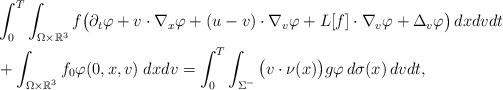
LaTeX: \begin{align*}&\int^{T}_0\int_{\Omega\times\mathbb{R}^3}f\big(\partial_t\varphi+v\cdot\nabla_x\varphi+(u-v)\cdot\nabla_v\varphi+L[f]\cdot\nabla_v\varphi+\Delta_v\varphi\big)\,dxdvdt\\&+\int_{\Omega\times\mathbb{R}^3}f_0\varphi(0,x,v)\;dxdv=\int^{T}_{0}\int_{\Sigma^-}\big(v\cdot \nu(x)\big)g\varphi\,d\sigma(x)\,dvdt,\end{align*}